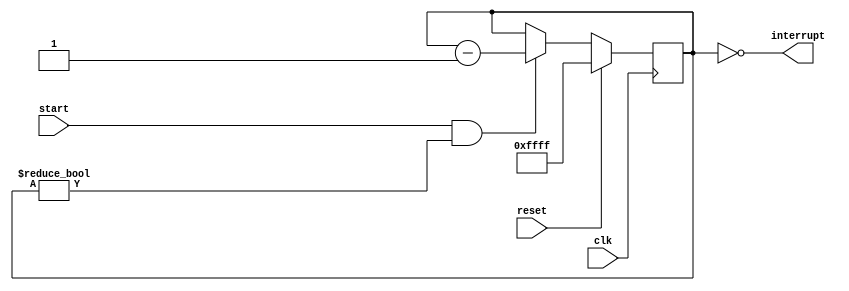
module countdown_timer (
  input wire clk,       // System clock signal
  input wire start,     // Start signal to initiate countdown
  input wire reset,     // Reset signal to re-initialize countdown
  output reg interrupt  // Interrupt signal when countdown completes
);

reg [15:0] count_value; // Countdown value initialized with specified value

always @(posedge clk) begin
  if (reset) begin
    count_value <= 16'hFFFF; // Reset countdown value to maximum value
  end else if (start && count_value != 16'h0000) begin
    count_value <= count_value - 1; // Decrement countdown value at each clock cycle
  end
end

always @(*) begin
  interrupt = (count_value == 16'h0000); // Generate interrupt signal when countdown completes
end

endmodule